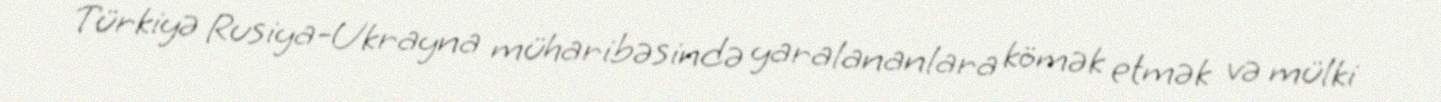
Türkiyə Rusiya-Ukrayna müharibəsində yaralananlara kömək etmək və mülki